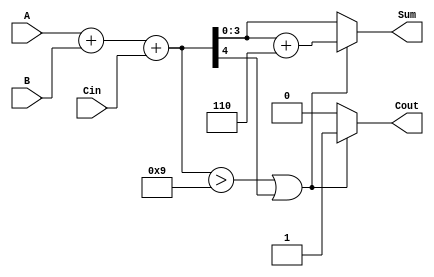
module BCD_Fast_Adder (
    input  wire [3:0] A,      // BCD input A
    input  wire [3:0] B,      // BCD input B
    input  wire Cin,          // Carry-in
    output reg  [3:0] Sum,    // BCD output Sum
    output reg  Cout          // Carry-out
);

    wire [4:0] TempSum;       // Intermediate 5-bit sum
    wire [4:0] CorrectedSum;  // Corrected sum after BCD adjustment

    // Step 1: Perform binary addition
    assign TempSum = A + B + Cin; // 4-bit + 4-bit + 1-bit = 5-bit result

    // Step 2: Check for BCD correction
    always @(*) begin
        // Default outputs
        Sum = 4'b0000;
        Cout = 1'b0;

        // Check if correction is needed
        if (TempSum > 5'd9 || TempSum[4] == 1'b1) begin
            // Apply correction by adding 6 (0110)
            CorrectedSum = TempSum + 5'd6;
            Sum = CorrectedSum[3:0]; // Take the lower 4 bits
            Cout = 1'b1;              // Set carry-out
        end else begin
            // No correction needed
            Sum = TempSum[3:0];      // Take the lower 4 bits
            Cout = 1'b0;              // No carry-out
        end
    end

endmodule